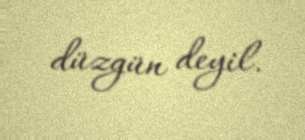
düzgün deyil.